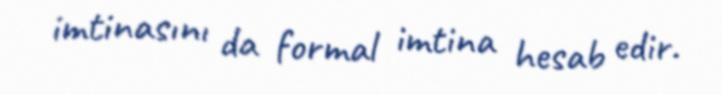
imtinasını da formal imtina hesab edir.